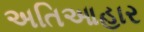
અતિઆહાર